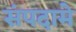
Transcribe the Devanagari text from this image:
संपदामे